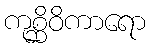
ကုစ္ဆိဝိကာရော